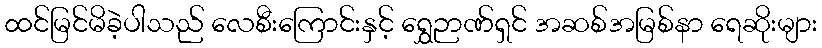
ထင်မြင်မိခဲ့ပါသည် လေစီးကြောင်းနှင့် ရွှေဉာဏ်ရှင် အဆစ်အမြစ်နာ ရေဆိုးများ